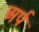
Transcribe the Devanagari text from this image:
अर्प